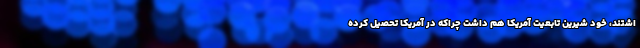
اشتند، خود شیرین تابعیت آمریکا هم داشت چراکه در آمریکا تحصیل کرده